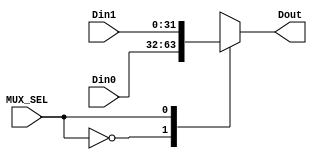
`timescale 1ns / 1ps
//////////////////////////////////////////////////////////////////////////////////
// Company: 
// Engineer: 
// 
// Design Name: 
// Module Name: MUX2
// Project Name: 
// Target Devices: 
// Tool Versions: 
// Description: 
// 
// Dependencies: 
// 
// Revision:
// Revision 0.01 - File Created
// Additional Comments:
// 
//////////////////////////////////////////////////////////////////////////////////


module MUX2 #(parameter WL = 32)
             (input wire  MUX_SEL,
              input wire [WL - 1:0] Din0, Din1,
              output reg [WL - 1:0] Dout);

//I guess this is just a case statement controlled by the SEL
    always @(MUX_SEL, Din0, Din1)
    begin
        case(MUX_SEL)
            1'b0: Dout = Din0;
            1'b1: Dout = Din1;
        endcase
    end
endmodule